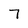
Character: 7